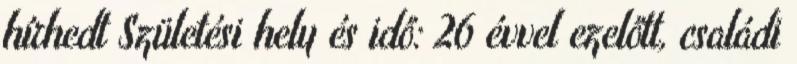
hírhedt Születési hely és idő: 26 évvel ezelőtt, családi